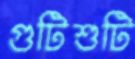
গুটিশুটি